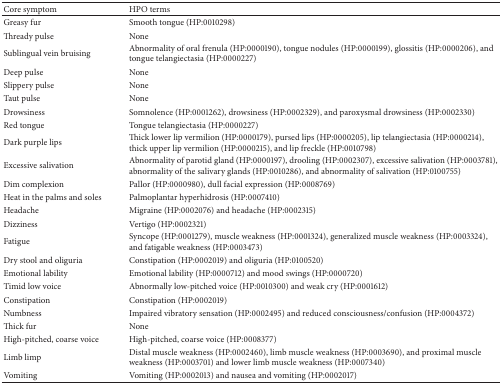
| Core symptom | HPO terms |
 | --- | --- |
 | Greasy fur | Smooth tongue (HP:0010298) |
 | Thready pulse | None |
 | Sublingual vein bruising | Abnormality of oral frenula (HP:0000190), tongue nodules (HP:0000199), glossitis (HP:0000206), and tongue telangiectasia (HP:0000227) |
 | Deep pulse | None |
 | Slippery pulse | None |
 | Taut pulse | None |
 | Drowsiness | Somnolence (HP:0001262), drowsiness (HP:0002329), and paroxysmal drowsiness (HP:0002330) |
 | Red tongue | Tongue telangiectasia (HP:0000227) |
 | Dark purple lips | Thick lower lip vermilion (HP:0000179), pursed lips (HP:0000205), lip telangiectasia (HP:0000214), thick upper lip vermilion (HP:0000215), and lip freckle (HP:0010798) |
 | Excessive salivation | Abnormality of parotid gland (HP:0000197), drooling (HP:0002307), excessive salivation (HP:0003781), abnormality of the salivary glands (HP:0010286), and abnormality of salivation (HP:0100755) |
 | Dim complexion | Pallor (HP:0000980), dull facial expression (HP:0008769) |
 | Heat in the palms and soles | Palmoplantar hyperhidrosis (HP:0007410) |
 | Headache | Migraine (HP:0002076) and headache (HP:0002315) |
 | Dizziness | Vertigo (HP:0002321) |
 | Fatigue | Syncope (HP:0001279), muscle weakness (HP:0001324), generalized muscle weakness (HP:0003324), and fatigable weakness (HP:0003473) |
 | Dry stool and oliguria | Constipation (HP:0002019) and oliguria (HP:0100520) |
 | Emotional lability | Emotional lability (HP:0000712) and mood swings (HP:0000720) |
 | Timid low voice | Abnormally low-pitched voice (HP:0010300) and weak cry (HP:0001612) |
 | Constipation | Constipation (HP:0002019) |
 | Numbness | Impaired vibratory sensation (HP:0002495) and reduced consciousness/confusion (HP:0004372) |
 | Thick fur | None |
 | High-pitched, coarse voice | High-pitched, coarse voice (HP:0008377) |
 | Limb limp | Distal muscle weakness (HP:0002460), limb muscle weakness (HP:0003690), and proximal muscle weakness (HP:0003701) and lower limb muscle weakness (HP:0007340) |
 | Vomiting | Vomiting (HP:0002013) and nausea and vomiting (HP:0002017) |